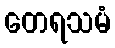
တေရသမံ